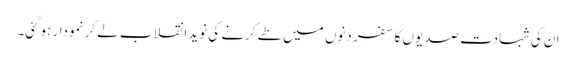
ان کی شہادت صدیوں کا سفر دنوں میں طے کرنے کی نوید انقلاب لے کر نمودار ہوگئی۔